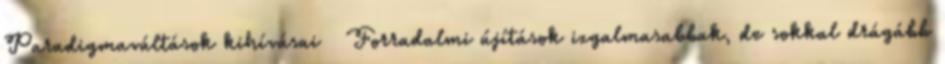
Paradigmaváltások kihívásai ● Forradalmi újítások izgalmasabbak, de sokkal drágább